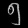
Digit: ၅